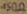
Text: 450Ω